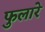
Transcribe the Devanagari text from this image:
फुलारे